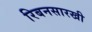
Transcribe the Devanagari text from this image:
रिबनसारखी